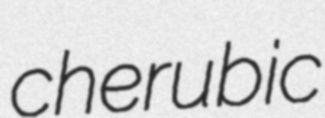
cherubic